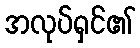
အလုပ်ရှင်၏